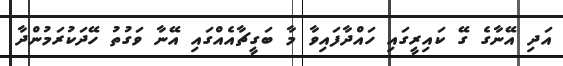
އަދި އޭނާގެ ގޭ ކައިރީގައި ހައްދާފައިވާ މާ ބަގީޗާއެއްގައި އޭނާ ވަގުތު ހޭދަކުރަމުންދާ